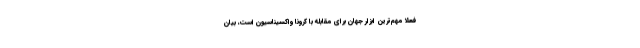
فعلا مهم‌ترین ابزار جهان برای مقابله با کرونا واکسیناسیون است، بیان